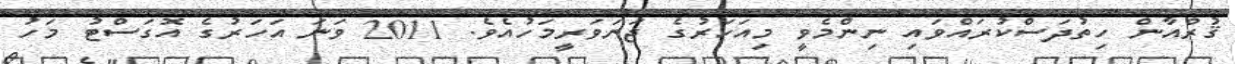
ޤުރްއާން ހިތުދަސްކުރައްވައި ނިންމެވީ މިއަހަރުގެ ޖަނަވަރީމަހުއެވެ. 2011 ވަނަ އަހަރުގެ އޮގަސްޓު މަހު